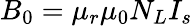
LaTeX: B_{0}=\mu_{r}\mu_{0}N_{L}I_{s}